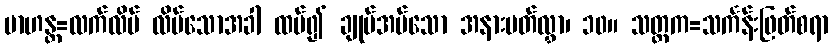
ဗာဟန္တ=လက်လိပ် လိပ်သောအခါ ထပ်၍ ချုပ်အပ်သော အနားပတ်လွှာ၊ ၁၀။ သတ္ထက=သင်္ကန်းဖြတ်စရာ